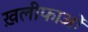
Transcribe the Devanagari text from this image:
ख़लीफाओं